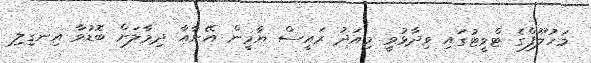
މަހުލޫފްގެ ޓްވީޓުގައި ވިދާޅުވީ މިއަދު ރައީސް ޔާމީން އޭނާއާ ދިމާލަށް ބޮޑުވާ އިނގިލި